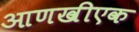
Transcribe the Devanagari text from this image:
आणखीएक